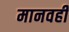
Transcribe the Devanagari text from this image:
मानवही